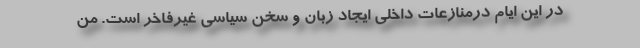
در این ایام درمنازعات داخلی ایجاد زبان و سخن سیاسی غیرفاخر است. من